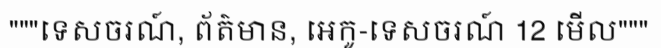
"""ទេសចរណ៍, ព័ត៌មាន, អេកូ-ទេសចរណ៍ 12 មើល"""